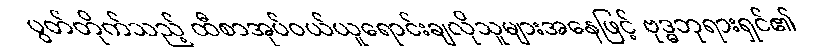
ပွတ်တိုက်သည့် ထီစာအုပ်ဝယ်ယူရောင်းချလိုသူများအနေဖြင့် ဗုဒ္ဓဘုရားရှင်၏